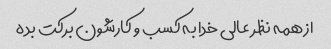
از همه نظر عالی خدا به کسب و کارشون برکت بده